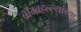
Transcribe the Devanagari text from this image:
बॉम्बहल्ल्यांच्या